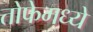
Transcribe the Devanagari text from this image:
तोफेमध्ये